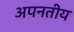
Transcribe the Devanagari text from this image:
अपनतीय